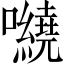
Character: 𡅍